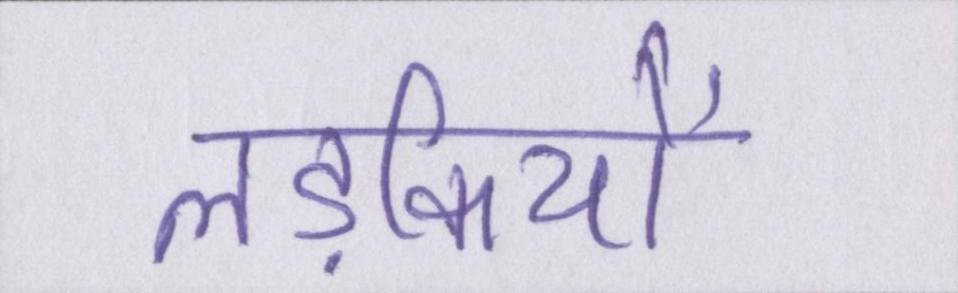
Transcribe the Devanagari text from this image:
लड़कियों